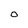
Character: O